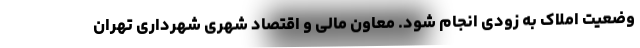
وضعیت املاک به زودی انجام شود. معاون مالی و اقتصاد شهری شهرداری تهران